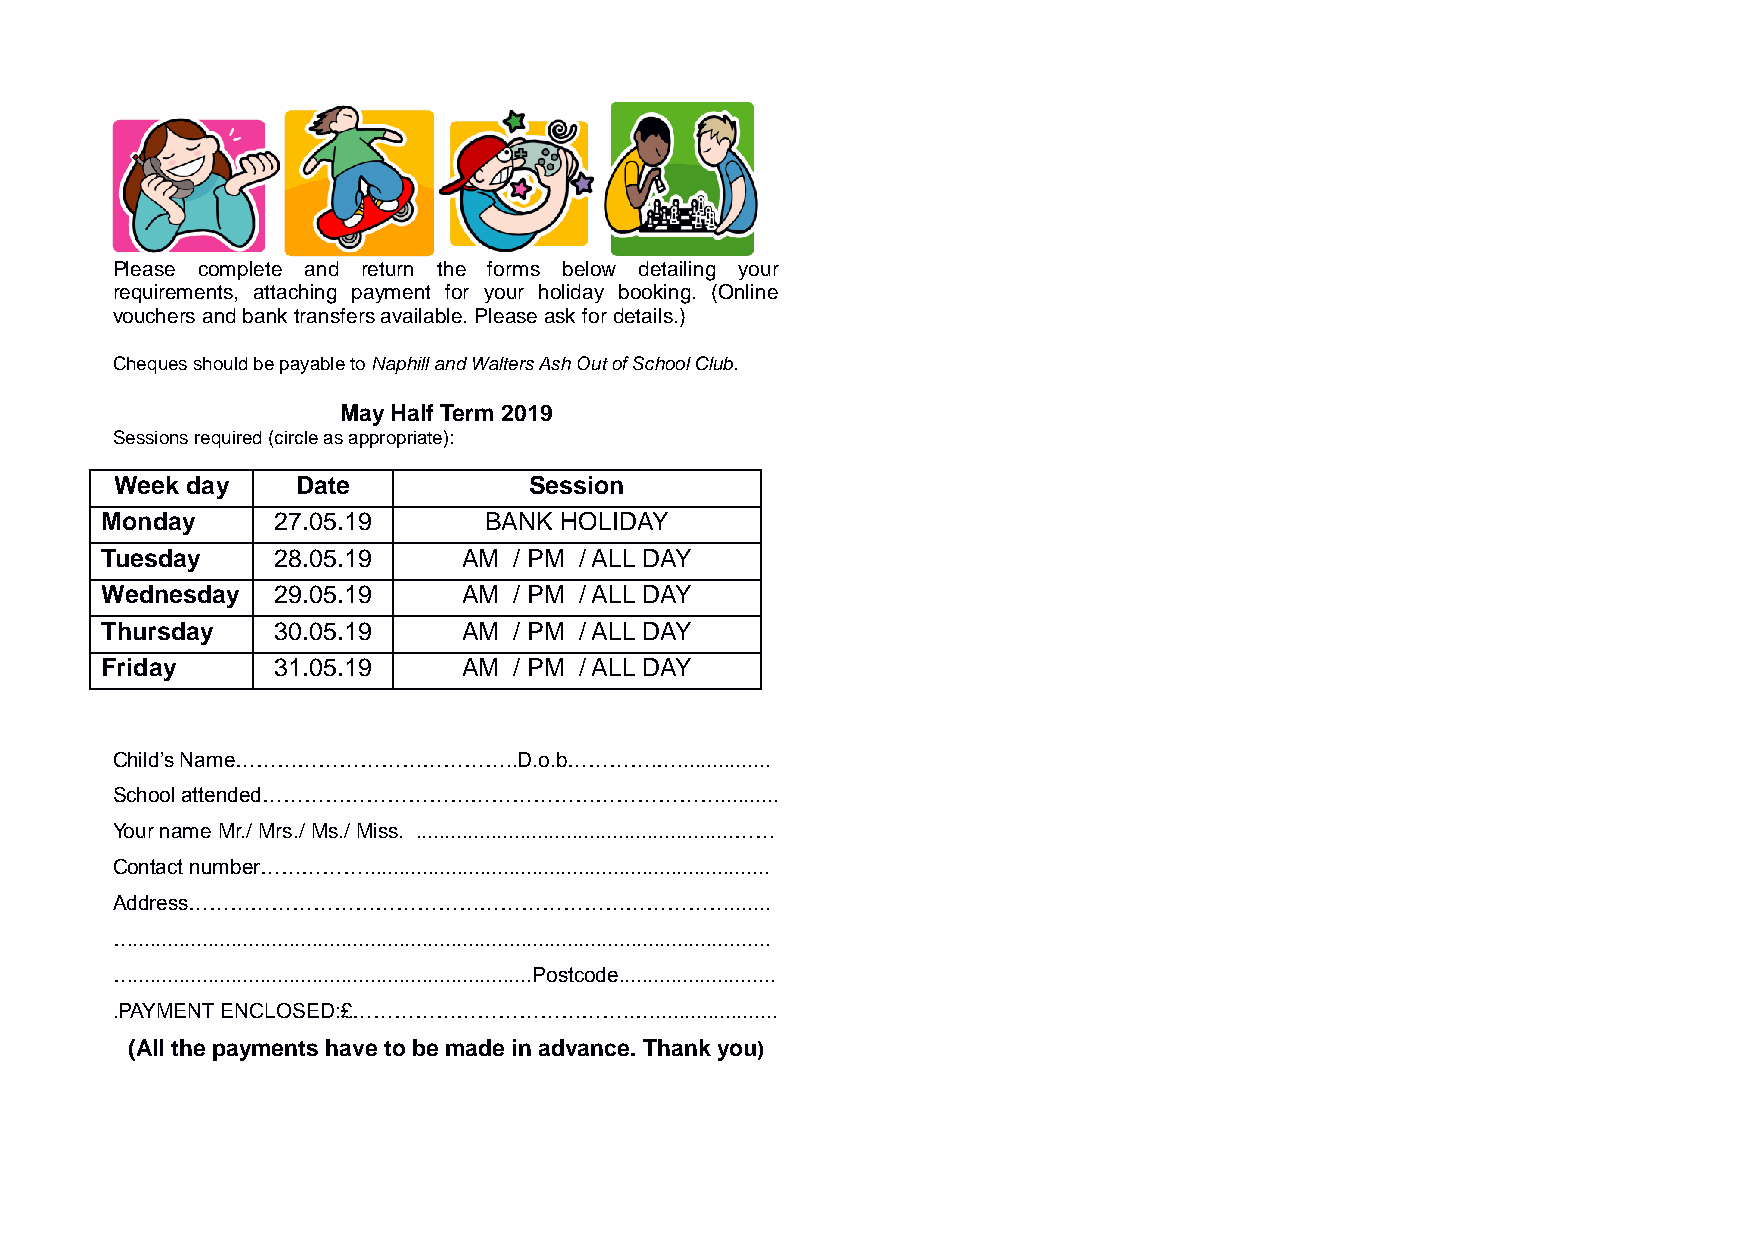
Please complete and return the forms below detailing your
 requirements, attaching payment for your holiday booking. (Online
 vouchers and bank transfers available. Please ask for details.)
 Cheques should be payable to Naphill and Walters Ash Out of School Club.
 May Half Term 2019
 Sessions required (circle as appropriate):
 Week day    Date           Session
 Monday     27.05.19      BANK HOLIDAY
 Tuesday    28.05.19     AM / PM / ALL DAY
 Wednesday  29.05.19     AM / PM / ALL DAY
 Thursday   30.05.19     AM / PM / ALL DAY
 Friday     31.05.19     AM / PM / ALL DAY
 Child’s Name…………………………………..D.o.b………….…................
 School attended…………………………………………………………..........
 Your name Mr./ Mrs./ Ms./ Miss. .......................................................……
 Contact number……………......................................................................
 Address…………………………………………………………………….......
 …..............................................................................................................
 ….....................................................................Postcode...........................
 .PAYMENT ENCLOSED:£…………………………………..….....................
 (All the payments have to be made in advance. Thank you)